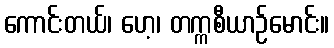
ကောင်းတယ်၊ ဟေ့၊ တက္ကစီယာဉ်မောင်း။